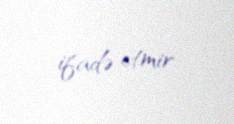
ifadə etmir.